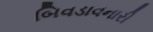
બિવડાવનારી